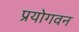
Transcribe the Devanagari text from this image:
प्रयोगवन